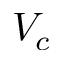
V _ { c }